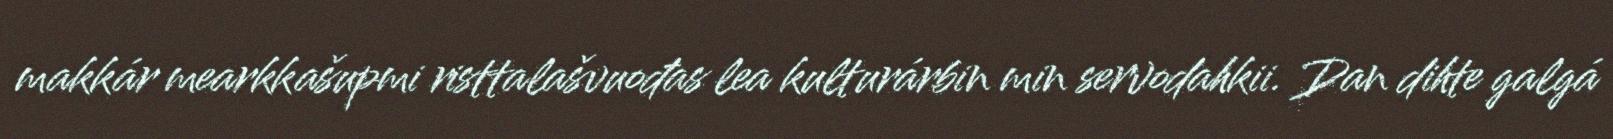
makkár mearkkašupmi risttalašvuođas lea kulturárbin min servodahkii. Dan dihte galgá